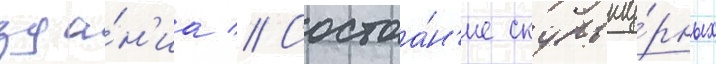
зда́н'иа // Состоа́н'ие скульпту́рных